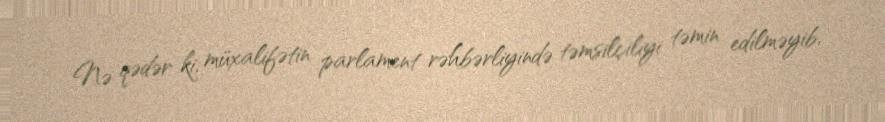
Nə qədər ki, müxalifətin parlament rəhbərliyində təmsilçiliyi təmin edilməyib,